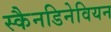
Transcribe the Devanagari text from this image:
स्कैनडिनेवियन